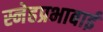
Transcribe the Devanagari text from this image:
स्नेहप्रभाबाई